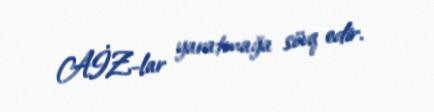
AİZ-lar yaratmağa sövq edir.